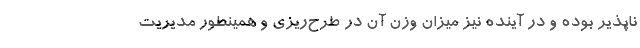
‌ناپذیر بوده و در آینده نیز میزان وزن آن در طرح‌ریزی و همینطور مدیریت